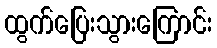
ထွက်ပြေးသွားကြောင်း